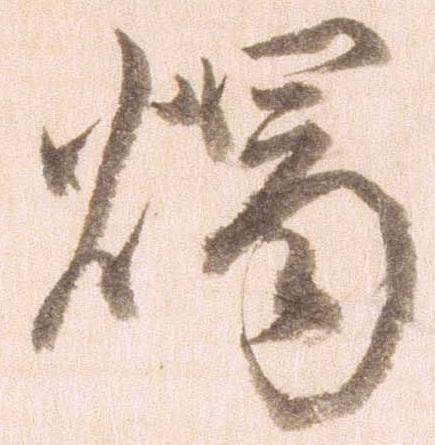
燭